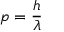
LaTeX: p = { \frac { h } { \lambda } }